Rangoon Lunatic Asylum 1898-1906 - 1898-1906
Year: 1898
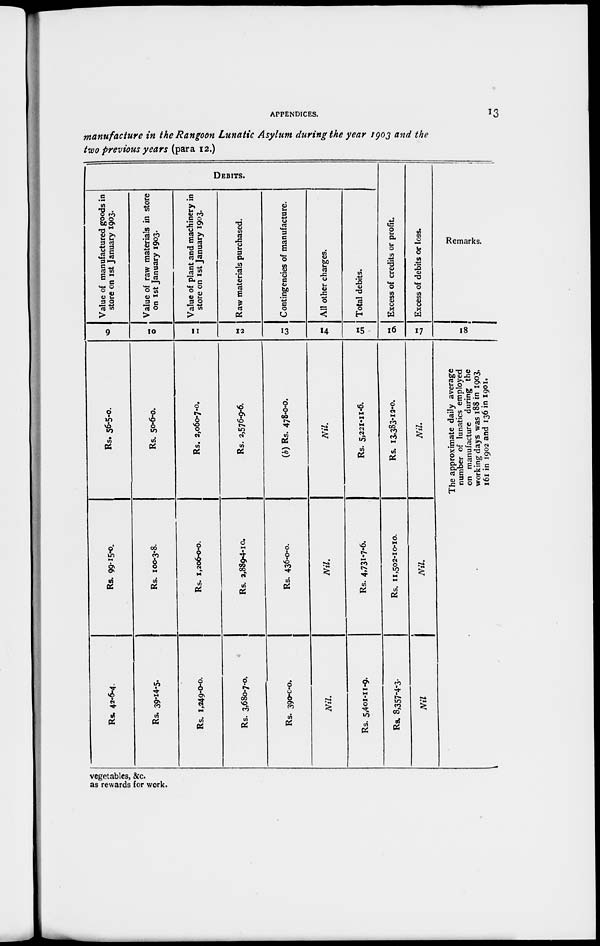
APPENDICES.
13
manufacture in the Rangoon Lunatic Asylum during the year 1903 and the
two previous years (para 12.)
DEBITS.
Value of manufactured goods in
store on 1st January 1903.
9
Rs. 56-5-0.
Rs. 99-15-0.
Rs. 42-6-4.
Value of raw materials in store
on 1st January 1903.
10
Rs. 50-6-0.
Rs. 100-3-8.
Rs. 39-14-5.
Value of plant and machinery in
store on 1st January 1903.
11
Rs. 2,060-7-0.
Rs. 1,206-0-0.
Rs. 1,249-0-0.
Raw materials purchased.
12
Rs. 2,576-9-6.
Rs. 2,889-4-10.
Rs. 3,680-7-0.
Contingencies of manufacture.
13
(b) Rs. 478-0-0.
Rs. 436-0-0.
Rs. 390-0-0.
All other charges.
14
Nil.
Nil.
Nil.
Total debits.
15
Rs. 5,221-11-6.
Rs. 4,731-6.
Rs. 5,401-11-9.
Excess of credits or profit.
16
Rs. 13,383-12-0
Rs. 11,502-10-10.
Rs. 8,357-4-3.
Excess of debits or loss.
17
Nil.
Nil.
Nil
Remarks.
18
The approximate daily average
number of lunatics employed
on manufacture during the
working days was 188 in 1903,
161 in 1902 and 136 in 1901.
vegetables, &c.
as rewards for work.